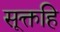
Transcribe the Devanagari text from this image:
सूक्तहि